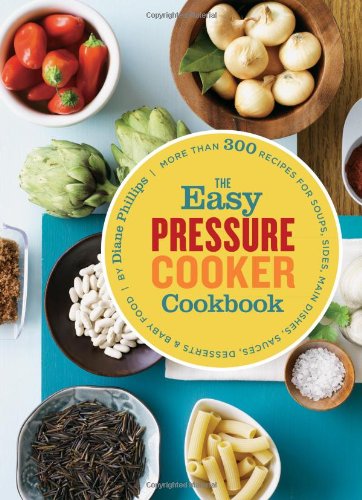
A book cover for The Easy Pressure Cooker Cookbook; Diane Phillips; Cookbooks, Food & Wine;